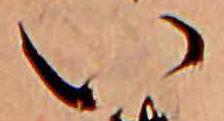
い